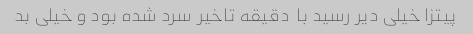
پیتزا خیلی دیر رسید با  دقیقه تاخیر سرد شده بود و خیلی بد